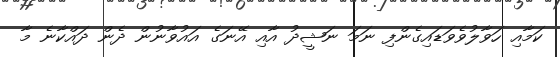
ކަމާއި ހަވާލުވެވަޑައިގެންފި ނަމަ ނަޝީދު އާއި އޭނަގެ އައުވާނުން ދެން ދައްކާނެ މާ